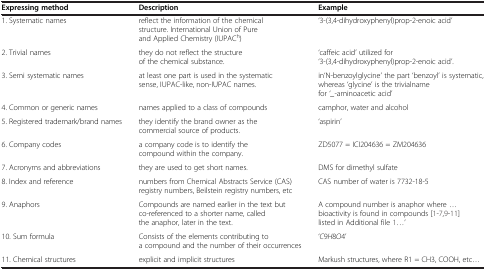
<table><thead><tr><td><b>Expressing method</b></td><td><b>Description</b></td><td><b>Example</b></td></tr></thead><tbody><tr><td>1. Systematic names</td><td>reflect the information of the chemical structure. International Union of Pure and Applied Chemistry (IUPAC<sup>h</sup>)</td><td>‘3-(3,4-dihydroxyphenyl)prop-2-enoic acid’</td></tr><tr><td>2. Trivial names</td><td>they do not reflect the structure of the chemical substance.</td><td>‘caffeic acid’ utilized for ‘3-(3,4-dihydroxyphenyl)prop-2-enoic acid’.</td></tr><tr><td>3. Semi systematic names</td><td>at least one part is used in the systematic sense, IUPAC-like, non-IUPAC names.</td><td>in‘N-benzoylglycine’ the part ‘benzoyl’ is systematic, whereas ‘glycine’ is the trivialname for ‘<i>_</i>-aminoacetic acid’</td></tr><tr><td>4. Common or generic names</td><td>names applied to a class of compounds</td><td>camphor, water and alcohol</td></tr><tr><td>5. Registered trademark/brand names</td><td>they identify the brand owner as the commercial source of products.</td><td>‘aspirin’</td></tr><tr><td>6. Company codes</td><td>a company code is to identify the compound within the company.</td><td>ZD5077 = ICI204636 = ZM204636</td></tr><tr><td>7. Acronyms and abbreviations</td><td>they are used to get short names.</td><td>DMS for dimethyl sulfate</td></tr><tr><td>8. Index and reference</td><td>numbers from Chemical Abstracts Service (CAS) registry numbers, Beilstein registry numbers, etc</td><td>CAS number of water is 7732-18-5</td></tr><tr><td>9. Anaphors</td><td>Compounds are named earlier in the text but co-referenced to a shorter name, called the anaphor, later in the text.</td><td>A compound number is anaphor where ... bioactivity is found in compounds [1-7,9-11] listed in Additional file 1...’</td></tr><tr><td>10. Sum formula</td><td>Consists of the elements contributing to a compound and the number of their occurrences</td><td>‘<i>C</i>9<i>H</i>8<i>O</i>4’</td></tr><tr><td>11. Chemical structures</td><td>explicit and implicit structures</td><td>Markush structures, where R1 = CH3, COOH, etc...</td></tr></tbody></table>